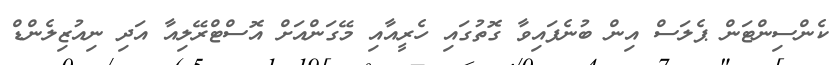
ކެންސިންޓަން ޕެލަސް އިން ބުނެފައިވާ ގޮތުގައި ހެރީއާއި މޭގަންއަށް އޮސްޓްރޭލިއާ އަދި ނިއުޒިލެންޑް